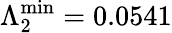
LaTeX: \Lambda_{2}^{\mathrm{min}}=0.0541